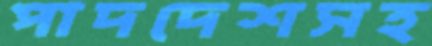
পাদদেশসহ